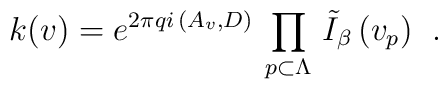
\left.  k(v)  = e^{2 \pi q i \, \left( A_{v}, D \right)} \, \prod_{p \subset \Lambda}\, \tilde{I}_{\beta} \, (v_{p})  \right. \ .